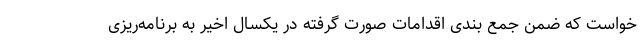
خواست که ضمن جمع بندی اقدامات صورت گرفته در یکسال اخیر به برنامه‌ریزی